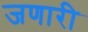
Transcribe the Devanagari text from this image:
जणारी